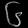
Digit: ၆